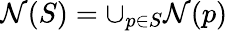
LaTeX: \mathcal{N}(S)=\cup_{p\in S}\mathcal{N}(p)